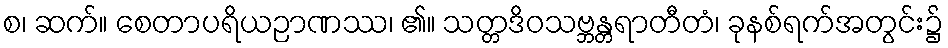
စ၊ ဆက်။ စေတာပရိယဉာဏဿ၊ ၏။ သတ္တဒိဝသဗ္ဘန္တရာတီတံ၊ ခုနစ်ရက်အတွင်း၌